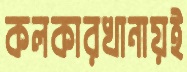
কলকারখানায়ই